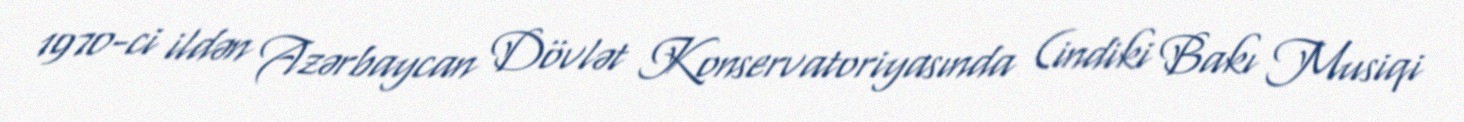
1970-ci ildən Azərbaycan Dövlət Konservatoriyasında (indiki Bakı Musiqi